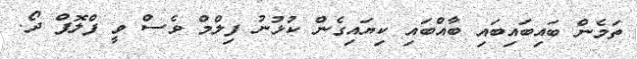
ތަމެން ބައިބައިބައި ބާއްބައި ކިޔައިގެން ކުޅުނު ފިލްމް ވެސް ވީ ފްލޮޕް ދޯ.